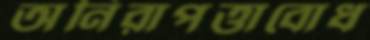
অনিরাপত্তাবোধ